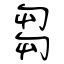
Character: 芻